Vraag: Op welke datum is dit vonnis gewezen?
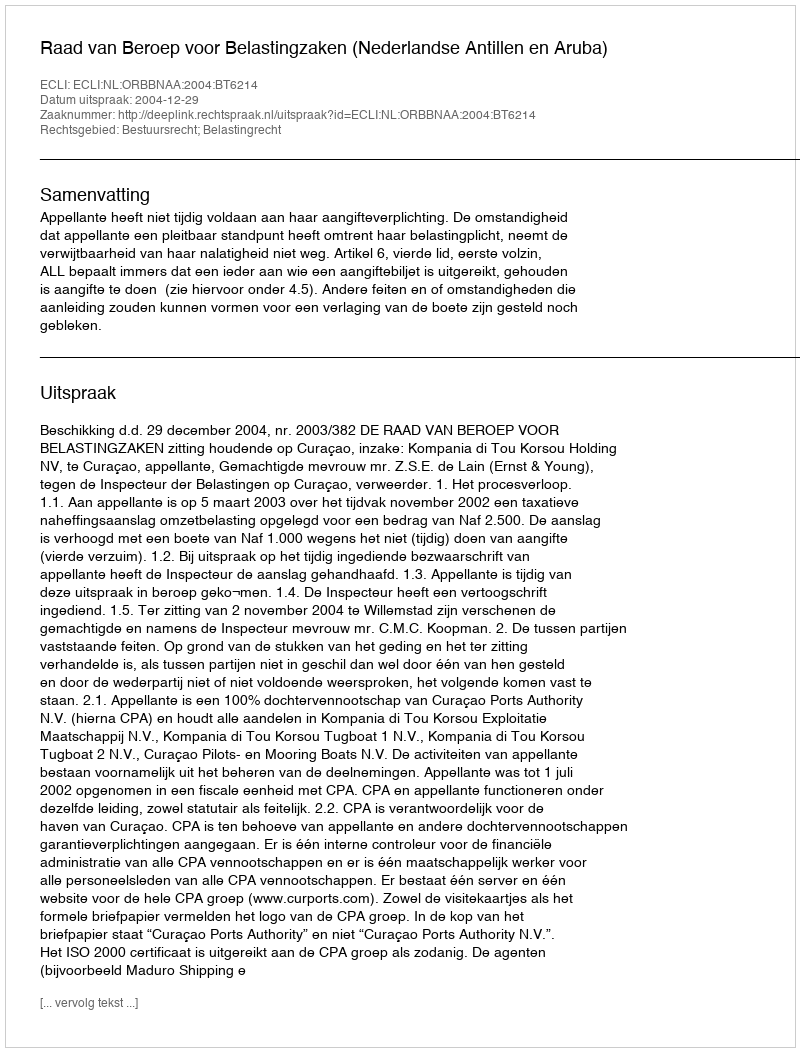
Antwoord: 2004-12-29